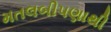
મતલબીપણાથી